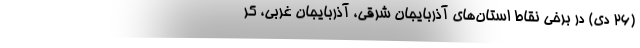
(۲۶ دی) در برخی نقاط استان‌های آذربایجان شرقی، آذربایجان غربی، کر